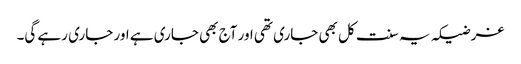
غرضیکہ یہ سنت کل بھی جاری تھی اور آج بھی جاری ہے اور جاری رہے گی۔